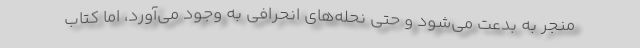
منجر به بدعت می‌شود و حتی نحله‌های انحرافی به وجود می‌آورد، اما کتاب